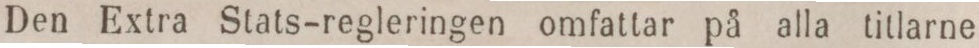
Den Extra Stats-regleringen omfattar på alla titlarne